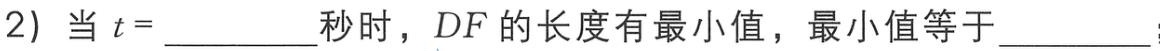
(2) 当 \(t = \_\_\_\_\_\_\) 秒时，\(DF\) 的长度有最小值，最小值等于 \_\_\_\_\_\_ 。